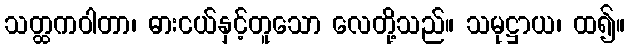
သတ္ထကဝါတာ၊ ဓားငယ်နှင့်တူသော လေတို့သည်။ သမုဋ္ဌာယ၊ ထ၍။